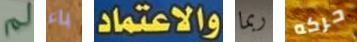
لم باء والاعتماد ربما حركه